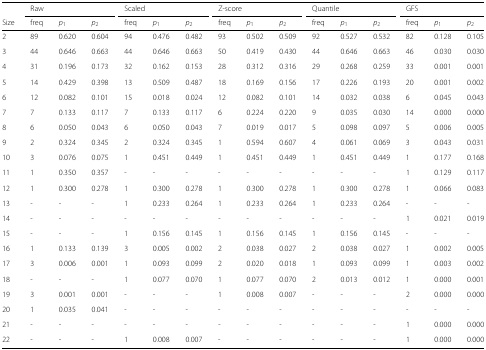
<table><thead><tr><td></td><td colspan="3"><b>Raw</b></td><td colspan="3"><b>Scaled</b></td><td colspan="3"><b>Z-score</b></td><td colspan="3"><b>Quantile</b></td><td colspan="3"><b>GFS</b></td></tr><tr><td><b>Size</b></td><td><b>freq</b></td><td><b><i>p</i><sub>1</sub></b></td><td><b><i>p</i><sub>2</sub></b></td><td><b>freq</b></td><td><b><i>p</i><sub>1</sub></b></td><td><b><i>p</i><sub>2</sub></b></td><td><b>freq</b></td><td><b><i>p</i><sub>1</sub></b></td><td><b><i>p</i><sub>2</sub></b></td><td><b>freq</b></td><td><b><i>p</i><sub>1</sub></b></td><td><b><i>p</i><sub>2</sub></b></td><td><b>freq</b></td><td><b><i>p</i><sub>1</sub></b></td><td><b><i>p</i><sub>2</sub></b></td></tr></thead><tbody><tr><td>2</td><td>89</td><td>0.620</td><td>0.604</td><td>94</td><td>0.476</td><td>0.482</td><td>93</td><td>0.502</td><td>0.509</td><td>92</td><td>0.527</td><td>0.532</td><td>82</td><td>0.128</td><td>0.105</td></tr><tr><td>3</td><td>44</td><td>0.646</td><td>0.663</td><td>44</td><td>0.646</td><td>0.663</td><td>50</td><td>0.419</td><td>0.430</td><td>44</td><td>0.646</td><td>0.663</td><td>46</td><td>0.030</td><td>0.030</td></tr><tr><td>4</td><td>31</td><td>0.196</td><td>0.173</td><td>32</td><td>0.162</td><td>0.153</td><td>28</td><td>0.312</td><td>0.316</td><td>29</td><td>0.268</td><td>0.259</td><td>33</td><td>0.001</td><td>0.001</td></tr><tr><td>5</td><td>14</td><td>0.429</td><td>0.398</td><td>13</td><td>0.509</td><td>0.487</td><td>18</td><td>0.169</td><td>0.156</td><td>17</td><td>0.226</td><td>0.193</td><td>20</td><td>0.001</td><td>0.002</td></tr><tr><td>6</td><td>12</td><td>0.082</td><td>0.101</td><td>15</td><td>0.018</td><td>0.024</td><td>12</td><td>0.082</td><td>0.101</td><td>14</td><td>0.032</td><td>0.038</td><td>6</td><td>0.045</td><td>0.043</td></tr><tr><td>7</td><td>7</td><td>0.133</td><td>0.117</td><td>7</td><td>0.133</td><td>0.117</td><td>6</td><td>0.224</td><td>0.220</td><td>9</td><td>0.035</td><td>0.030</td><td>14</td><td>0.000</td><td>0.000</td></tr><tr><td>8</td><td>6</td><td>0.050</td><td>0.043</td><td>6</td><td>0.050</td><td>0.043</td><td>7</td><td>0.019</td><td>0.017</td><td>5</td><td>0.098</td><td>0.097</td><td>5</td><td>0.006</td><td>0.005</td></tr><tr><td>9</td><td>2</td><td>0.324</td><td>0.345</td><td>2</td><td>0.324</td><td>0.345</td><td>1</td><td>0.594</td><td>0.607</td><td>4</td><td>0.061</td><td>0.069</td><td>3</td><td>0.043</td><td>0.031</td></tr><tr><td>10</td><td>3</td><td>0.076</td><td>0.075</td><td>1</td><td>0.451</td><td>0.449</td><td>1</td><td>0.451</td><td>0.449</td><td>1</td><td>0.451</td><td>0.449</td><td>1</td><td>0.177</td><td>0.168</td></tr><tr><td>11</td><td>1</td><td>0.350</td><td>0.357</td><td>-</td><td>-</td><td>-</td><td>-</td><td>-</td><td>-</td><td>-</td><td>-</td><td>-</td><td>1</td><td>0.129</td><td>0.117</td></tr><tr><td>12</td><td>1</td><td>0.300</td><td>0.278</td><td>1</td><td>0.300</td><td>0.278</td><td>1</td><td>0.300</td><td>0.278</td><td>1</td><td>0.300</td><td>0.278</td><td>1</td><td>0.066</td><td>0.083</td></tr><tr><td>13</td><td>-</td><td>-</td><td>-</td><td>1</td><td>0.233</td><td>0.264</td><td>1</td><td>0.233</td><td>0.264</td><td>1</td><td>0.233</td><td>0.264</td><td>-</td><td>-</td><td>-</td></tr><tr><td>14</td><td>-</td><td>-</td><td>-</td><td>-</td><td>-</td><td>-</td><td>-</td><td>-</td><td>-</td><td>-</td><td>-</td><td>-</td><td>1</td><td>0.021</td><td>0.019</td></tr><tr><td>15</td><td>-</td><td>-</td><td>-</td><td>1</td><td>0.156</td><td>0.145</td><td>1</td><td>0.156</td><td>0.145</td><td>1</td><td>0.156</td><td>0.145</td><td>-</td><td>-</td><td>-</td></tr><tr><td>16</td><td>1</td><td>0.133</td><td>0.139</td><td>3</td><td>0.005</td><td>0.002</td><td>2</td><td>0.038</td><td>0.027</td><td>2</td><td>0.038</td><td>0.027</td><td>1</td><td>0.002</td><td>0.005</td></tr><tr><td>17</td><td>3</td><td>0.006</td><td>0.001</td><td>1</td><td>0.093</td><td>0.099</td><td>2</td><td>0.020</td><td>0.018</td><td>1</td><td>0.093</td><td>0.099</td><td>1</td><td>0.003</td><td>0.002</td></tr><tr><td>18</td><td>-</td><td>-</td><td>-</td><td>1</td><td>0.077</td><td>0.070</td><td>1</td><td>0.077</td><td>0.070</td><td>2</td><td>0.013</td><td>0.012</td><td>1</td><td>0.000</td><td>0.001</td></tr><tr><td>19</td><td>3</td><td>0.001</td><td>0.001</td><td>-</td><td>-</td><td>-</td><td>1</td><td>0.008</td><td>0.007</td><td>-</td><td>-</td><td>-</td><td>2</td><td>0.000</td><td>0.000</td></tr><tr><td>20</td><td>1</td><td>0.035</td><td>0.041</td><td>-</td><td>-</td><td>-</td><td>-</td><td>-</td><td>-</td><td>-</td><td>-</td><td>-</td><td>-</td><td>-</td><td>-</td></tr><tr><td>21</td><td>-</td><td>-</td><td>-</td><td>-</td><td>-</td><td>-</td><td>-</td><td>-</td><td>-</td><td>-</td><td>-</td><td>-</td><td>1</td><td>0.000</td><td>0.000</td></tr><tr><td>22</td><td>-</td><td>-</td><td>-</td><td>1</td><td>0.008</td><td>0.007</td><td>-</td><td>-</td><td>-</td><td>-</td><td>-</td><td>-</td><td>1</td><td>0.000</td><td>0.000</td></tr></tbody></table>